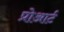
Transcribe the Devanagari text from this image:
प्रोआर्ट